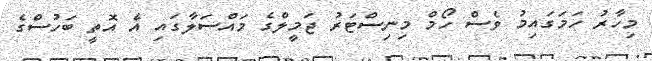
މިހާރު ހަމަގައިމު ވެސް ހޯމް މިނިސްޓަރު ޖަމީލްގެ މައްސަލާގައި އެ އޮތީ ބަހުސްގެ